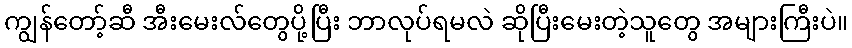
ကျွန်တော့်ဆီ အီးမေးလ်တွေပို့ပြီး ဘာလုပ်ရမလဲ ဆိုပြီးမေးတဲ့သူတွေ အများကြီးပဲ။